Triennial report on the lunatic asylums in the province of Eastern Bengal and Assam - 1903-1911
Year: 1903
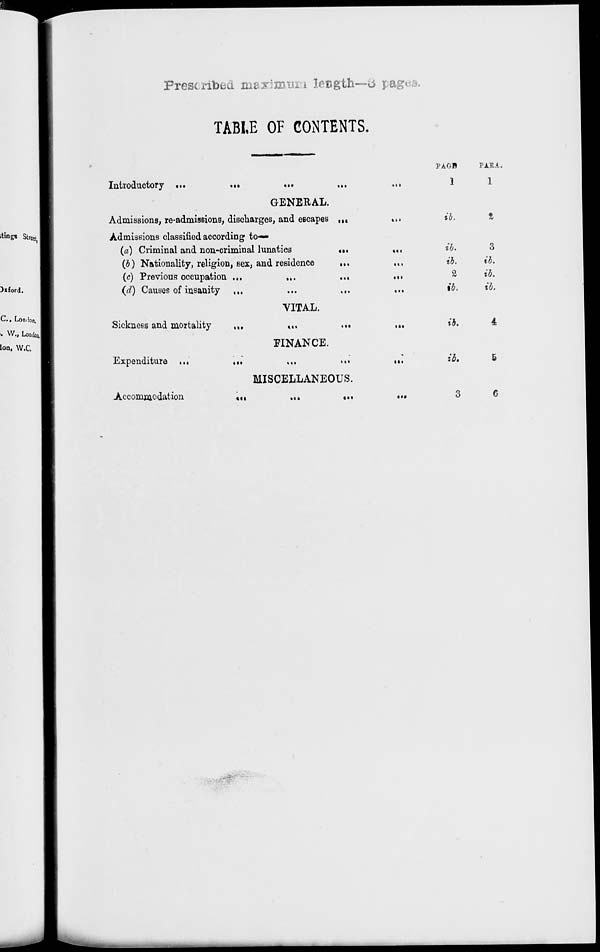
Prescribed maximum length — 3 page
TABLE OF CONTENTS.
Introductory
...
...
...
...
GENERAL.
Admissions, re-admissions, discharges, and escapes
...
...
Admissions classified according to—
(a) Criminal and non-criminal lunatics
...
...
(b) Nationality, religion, sex, and residence
... ...
(c) Previous occupation ... ... ... ...
(d) Causes of insanity
...
...
...
...
VITAL.
Sickness and mortality ... ... ... ...
FINANCE.
Expenditure
...
...
...
...
MISCELLANEOUS.
Accommodation
...
...
...
...
PAGE
1
ib.
ib.
ib.
2
ib.
ib.
ib.
3
PARA.
1
2
3
ib.
ib.
ib.
4
5
6